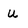
Character: u